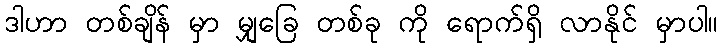
ဒါဟာ တစ်ချိန် မှာ မျှခြေ တစ်ခု ကို ရောက်ရှိ လာနိုင် မှာပါ။